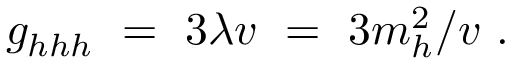
g _ { h h h } \ = \ 3 \lambda v \ = \ 3 m _ { h } ^ { 2 } / v \ .